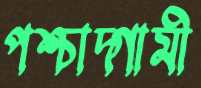
পশ্চাদ্‌গামী